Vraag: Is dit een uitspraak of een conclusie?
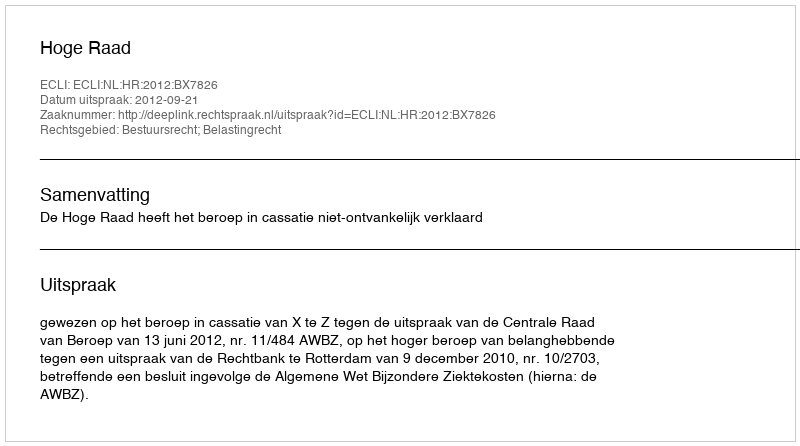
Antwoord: Uitspraak